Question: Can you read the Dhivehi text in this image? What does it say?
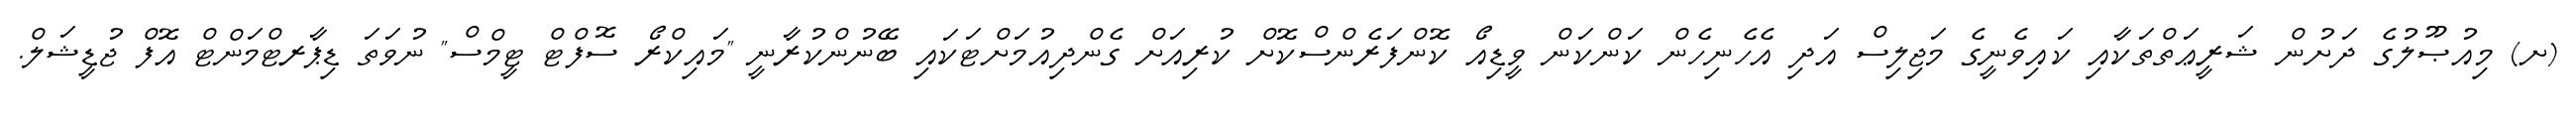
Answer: (ށ) މިއުޞޫލުގެ ދަށުން ޝަރީޢަތްތަކާއި ކައިވެނީގެ މަޖިލިސް އަދި އެހެނިހެން ކަންކަން ވީޑިއޯ ކޮންފަރެންސްކޮށް ކުރިއަށް ގެންދިއުމަށްޓަކައި ބޭނުންކުރާނީ "މައިކްރޯ ސޮފްޓް ޓީމްސް" ނުވަތަ ޑިޕާރޓްމަންޓް އޮފް ޖުޑީޝަލް.